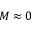
M \approx 0